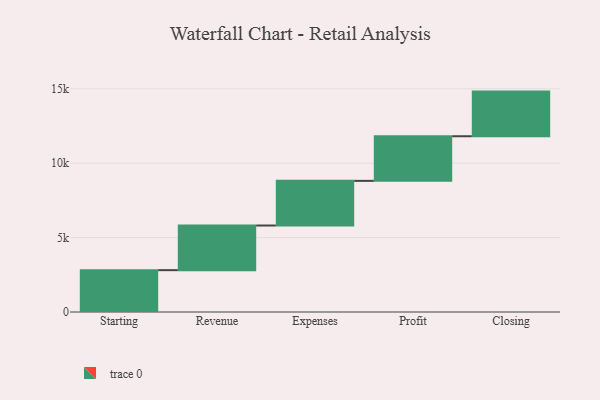
{"axis": {"x": "Step", "y": "Value"}, "legend": [""], "data": [{"x": "Starting", "y": 2813.0, "type": ""}, {"x": "Revenue", "y": 3000, "type": ""}, {"x": "Expenses", "y": 3000, "type": ""}, {"x": "Profit", "y": 3000, "type": ""}, {"x": "Closing", "y": 3000, "type": ""}]}